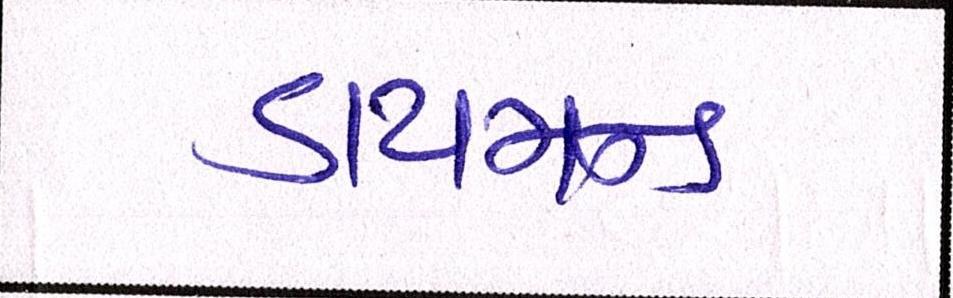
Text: ડાયમન્ડ